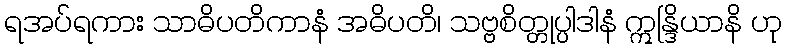
ရအပ်ရကား သာဓိပတိကာနံ အဓိပတိ၊ သဗ္ဗစိတ္တုပ္ပါဒါနံ ဣန္ဒြိယာနိ ဟု